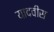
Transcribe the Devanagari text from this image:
यादवीस